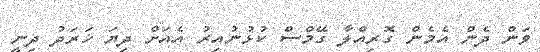
ވަން ދެން އެމެން ގޮރިއްލާ ގޭމްސް ކުޅުނުއިރު އެއަށް ދިޔަ ޚަރަދު ދިނީ